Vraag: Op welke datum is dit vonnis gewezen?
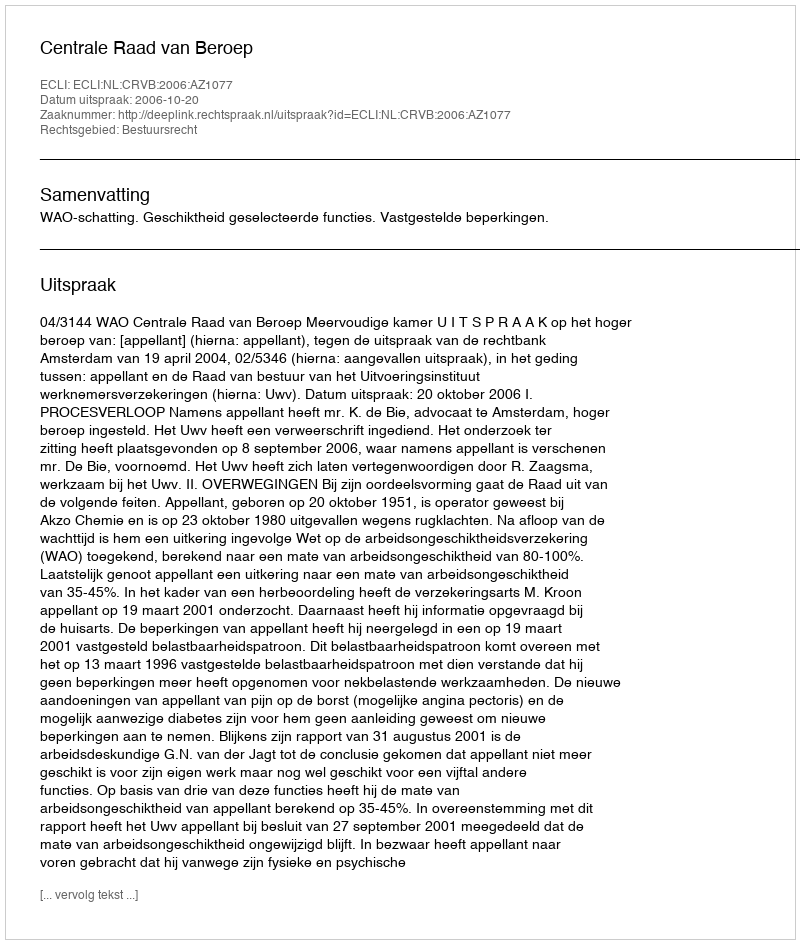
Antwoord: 2006-10-20